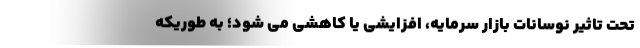
تحت تاثیر نوسانات بازار سرمایه، افزایشی یا کاهشی می شود؛ به طوریکه